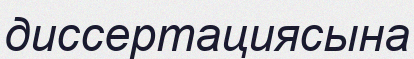
диссертациясына